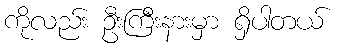
ကိုလည်း ဦးကြီးနားမှာ ရှိပါတယ်